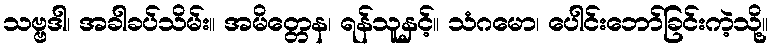
သဗ္ဗဒါ၊ အခါခပ်သိမ်း။ အမိတ္တေန၊ ရန်သူနှင့်။ သံဂမော၊ ပေါင်းဘော်ခြင်းကဲ့သို့။